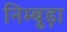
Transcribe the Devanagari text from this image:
निम्बुड़ा